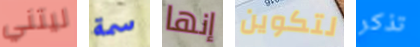
ليتني سمة إنها لتكوين تذكر